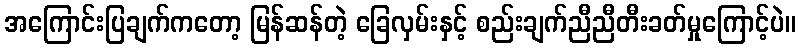
အကြောင်းပြချက်ကတော့ မြန်ဆန်တဲ့ ခြေလှမ်းနှင့် စည်းချက်ညီညီတီးခတ်မှုကြောင့်ပဲ။